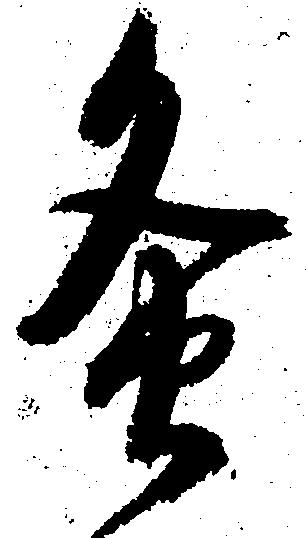
灸